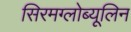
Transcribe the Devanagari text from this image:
सिरमग्लोब्यूलिन